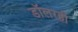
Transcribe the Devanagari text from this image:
डॉलरही